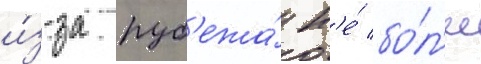
и́з-за руб'ежа́ н'е́ бо́л'ее